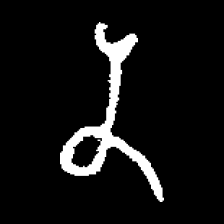
Pyu character \u2014 Myanmar letter: န (romanized: na)